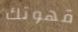
قهوتك